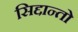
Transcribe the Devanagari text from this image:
सिद्दान्तो